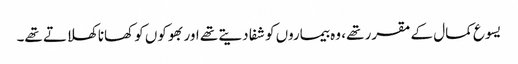
‏ یسوع کمال کے مقرر تھے،‏ وہ بیماروں کو شفا دیتے تھے اور بھوکوں کو کھانا کھلاتے تھے۔